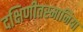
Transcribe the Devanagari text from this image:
दक्षिणीतस्मानिया